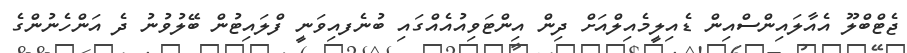
ޖެޓްބްލޫ އެއާލައިންސްއިން ޑެއިލީމެއިލްއަށް ދިން އިންޓަވިއުއެއްގައި ބުނެފއިވަނީ ފްލައިޓުން ބޭލުވުނު ދެ އަންހެނުންގެ